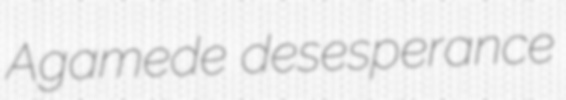
Agamede desesperance